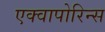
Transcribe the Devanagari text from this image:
एक्वापोरिन्स